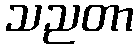
သညတာ